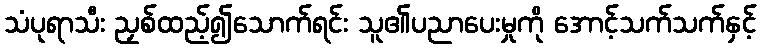
သံပုရာသီး ညှစ်ထည့်၍သောက်ရင်း သူ၏ပညာပေးမှုကို အောင့်သက်သက်နှင့်